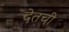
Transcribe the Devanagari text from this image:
देतची